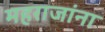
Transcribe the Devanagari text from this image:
महराजांना